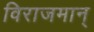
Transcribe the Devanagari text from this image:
विराजमान्